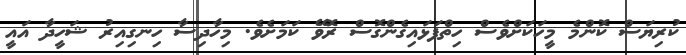
ކުރިޔަސް ކޮންމެ މީހަކަށްވެސް ހިތްފަޅައިގެންގޮސް ރޮވޭ ކަމަށެވެ. މިހާދިސާ ހިނގިއިރު ޝަހީދާ އައީ